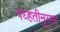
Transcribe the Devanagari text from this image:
पध्हतीनुसार